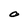
Character: O